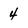
Character: 4